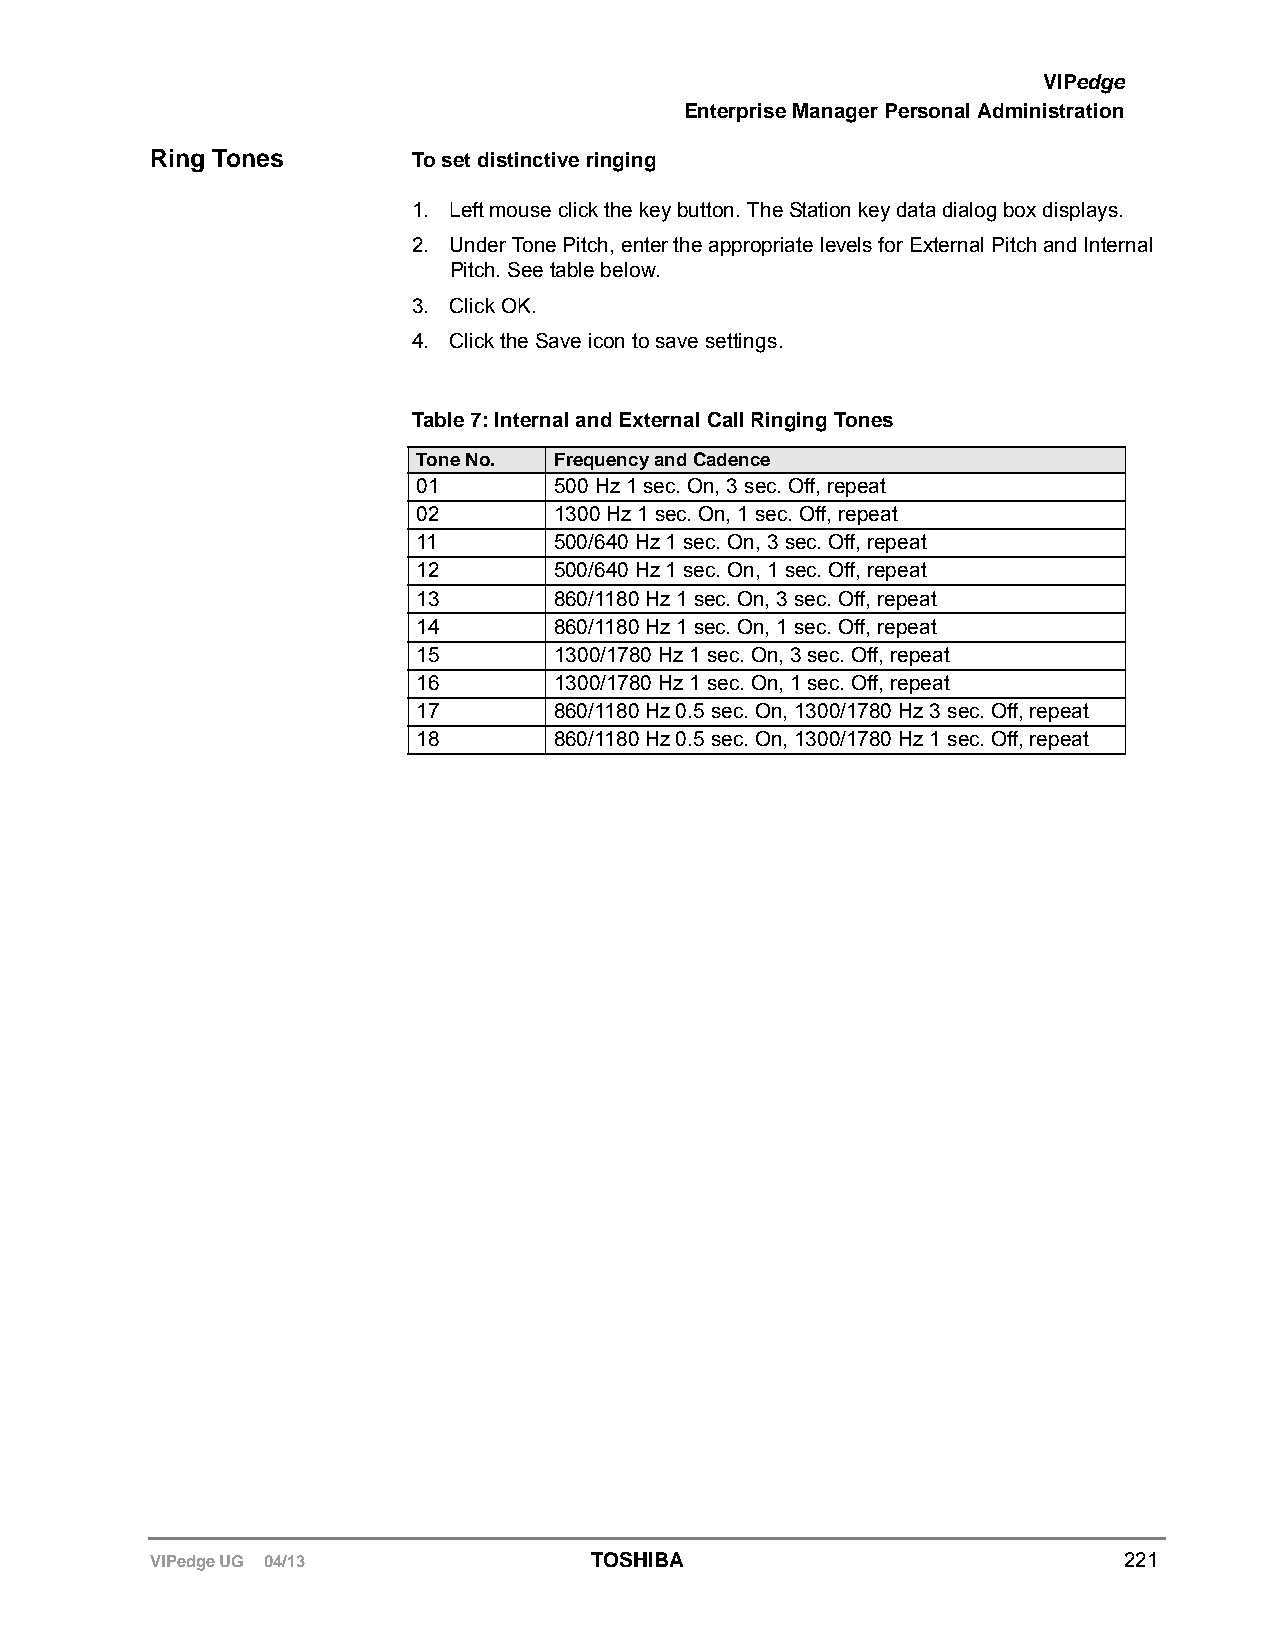
VIPedge
 Enterprise Manager Personal Administration
 Ring Tones       To set distinctive ringing
 1. Left mouse click the key button. The Station key data dialog box displays.
 2. Under Tone Pitch, enter the appropriate levels for External Pitch and Internal
 Pitch. See table below.
 3. Click OK.
 4. Click the Save icon to save settings.
 Table 7: Internal and External Call Ringing Tones
 Tone No. Frequency and Cadence
 01       500 Hz 1 sec. On, 3 sec. Off, repeat
 02       1300 Hz 1 sec. On, 1 sec. Off, repeat
 11       500/640 Hz 1 sec. On, 3 sec. Off, repeat
 12       500/640 Hz 1 sec. On, 1 sec. Off, repeat
 13       860/1180 Hz 1 sec. On, 3 sec. Off, repeat
 14       860/1180 Hz 1 sec. On, 1 sec. Off, repeat
 15       1300/1780 Hz 1 sec. On, 3 sec. Off, repeat
 16       1300/1780 Hz 1 sec. On, 1 sec. Off, repeat
 17       860/1180 Hz 0.5 sec. On, 1300/1780 Hz 3 sec. Off, repeat
 18       860/1180 Hz 0.5 sec. On, 1300/1780 Hz 1 sec. Off, repeat
 VIPedge UG 04/13             TOSHIBA                            221